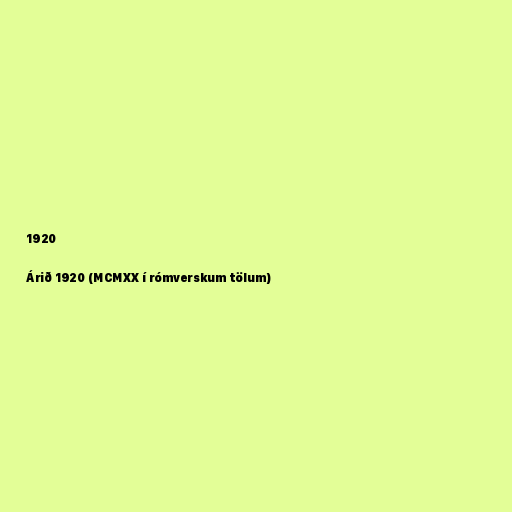
1920

Árið 1920 (MCMXX í rómverskum tölum)